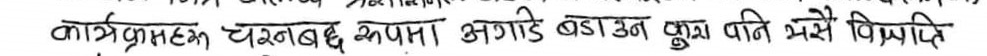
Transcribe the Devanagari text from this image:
कार्यक्रम चरणबद्ध रुपमा अगाडि बढाउनु पर्ने भन्ने बिचाराहिछ ।